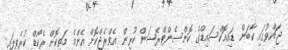
ޖައްވުގައި ކާބަން ޑައިއޮކްސައިޑްގެ ކޮންސެންޓްރޭޝަން ކުރިން އެވްރެޖްކޮށް އެންމެ މަތިކޮށް ރެކޯޑް ކުރެވިފައި